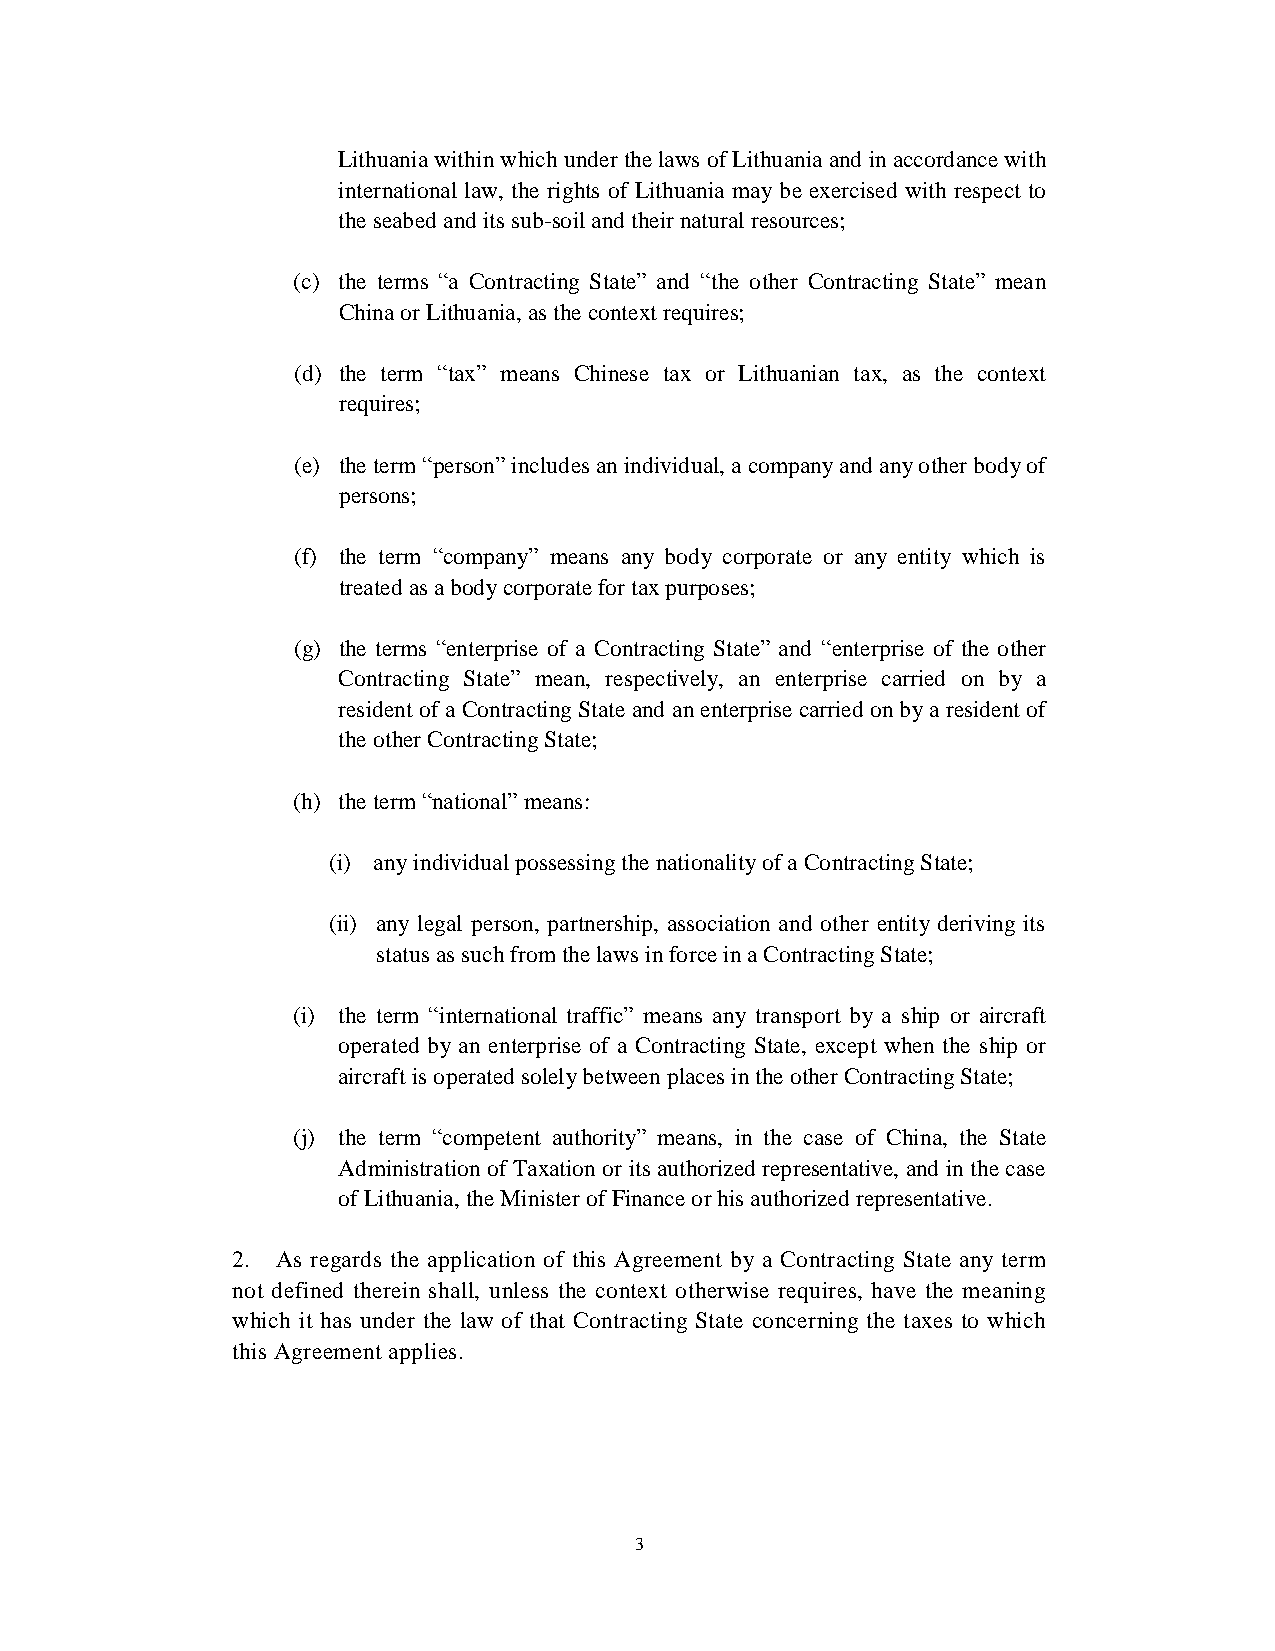
Lithuania within which under the laws of Lithuania and in accordance with
 international law, the rights of Lithuania may be exercised with respect to
 the seabed and its sub-soil and their natural resources;
 (c) the terms “a Contracting State ” and “the other Contracting State ” mean
 China or Lithuania, as the context requires;
 (d) the term “tax” means Chinese tax or Lithuanian tax, as the context
 requires;
 (e) the term “person” includes an individual, a company and any other body of
 persons;
 (f) the term “company” means any body corporate or any entity which is
 treated as a body corporate for tax purposes;
 (g) the terms “enterprise of a Contracting State ” and “enterprise of the other
 Contracting State ” mean, respectively, an enterprise carried on by a
 resident of a Contracting State and an enterprise carried on by a resident of
 the other Contracting State;
 (h) the term “national” means:
 (i) any individual possessing the nationality of a Contracting State;
 (ii) any legal person, partnership, association and other entity deriving its
 status as such from the laws in force in a Contracting State;
 (i) the term “international traffic” means any transport by a ship or aircraft
 operated by an enterprise of a Contracting State, except when the ship or
 aircraft is operated solely between places in the other Contracting State;
 (j) the term “competent authority” means, in the case of China, the State
 Administration of Taxation or its authorized representative, and in the case
 of Lithuania, the Minister of Finance or his authorized representative.
 2. As regards the application of this Agreement by a Contracting State any term
 not defined therein shall, unless the context otherwise requires, have the meaning
 which it has under the law of that Contracting State concerning the taxes to which
 this Agreement applies.
 3